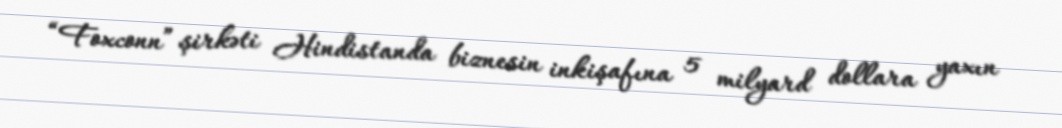
“Foxconn” şirkəti Hindistanda biznesin inkişafına 5 milyard dollara yaxın